Investigations on Bengal jail dietaries - Number 37
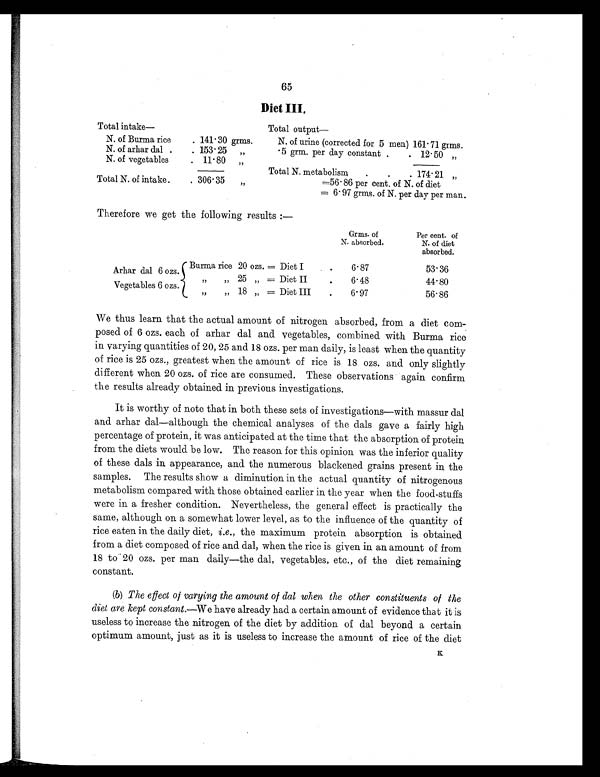
65
Diet III.
Total intake—
Total output
N. of Burma rice
. 141.30 grms.
N. of urine (corrected for 5 men) 161.71 grms.
N. of arhar dal
. 153.25
„
. 5 grm. per day constant .
. 12.50 „
N. of vegetables
. 11.80
„
Total N. metabolism
.
.
. 174.21 „
Total N. of intake
. 306.35
„
=56.86 per cent. of N. of diet
= 6.97 grms. of N. per day per man.
Therefore we get the following results :—
Grms. of
N. absorbed.
Per cent. of
N. of diet
absorbed.
Arhar dal 6 ozs.
Burma rice 20 ozs. = Diet I
.
6.87
53.36
„
„ 25 „ = Diet II
.
6.48
44.80
Vegetables 6 ozs.
,,
,, 18 ,, = Diet III
.
6.97
56.86
We thus learn that the actual amount of nitrogen absorbed, from a diet com-
posed of 6 ozs. each of arhar dal and vegetables, combined with Burma rice
in varying quantities of 20, 25 and 18 ozs. per man daily, is least when the quantity
of rice is 25 ozs., greatest when the amount of rice is 18 ozs. and only slightly
different when 20 ozs. of rice are consumed. These observations again confirm
the results already obtained in previous investigations.
It is worthy of note that in both these sets of investigations—with massur dal
and arhar dal—although the chemical analyses of the dals gave a fairly high
percentage of protein, it was anticipated at the time that the absorption of protein
from the diets would be low. The reason for this opinion was the inferior quality
of these dals in appearance, and the numerous blackened grains present in the
samples. The results show a diminution in the actual quantity of nitrogenous
metabolism compared with those obtained earlier in the year when the food-stuffs
were in a fresher condition. Nevertheless, the general effect is practically the
same, although on a somewhat lower level, as to the influence of the quantity of
rice eaten in the daily diet, i.e., the maximum protein absorption is obtained
from a diet composed of rice and dal, when the rice is given in an amount of from
18 to 20 ozs. per man daily—the dal, vegetables, etc., of the diet remaining
constant.
(b) The effect of varying the amount of dal when the other constituents of the
diet are kept constant. —We have already had a certain amount of evidence that it is
useless to increase the nitrogen of the diet by addition of dal beyond a certain
optimum amount, just as it is useless to increase the amount of rice of the diet